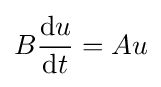
B{\frac {\mathrm {d} u}{\mathrm {d} t}}=Au